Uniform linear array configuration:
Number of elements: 32
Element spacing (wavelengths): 0.75
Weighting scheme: hann
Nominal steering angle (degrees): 60
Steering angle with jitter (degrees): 58.286
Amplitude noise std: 0.05
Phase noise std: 0.05

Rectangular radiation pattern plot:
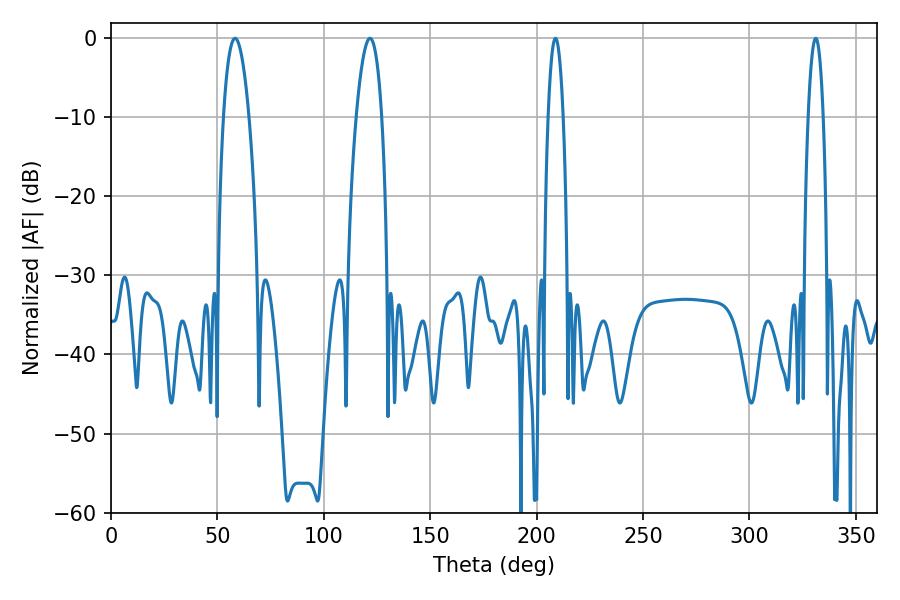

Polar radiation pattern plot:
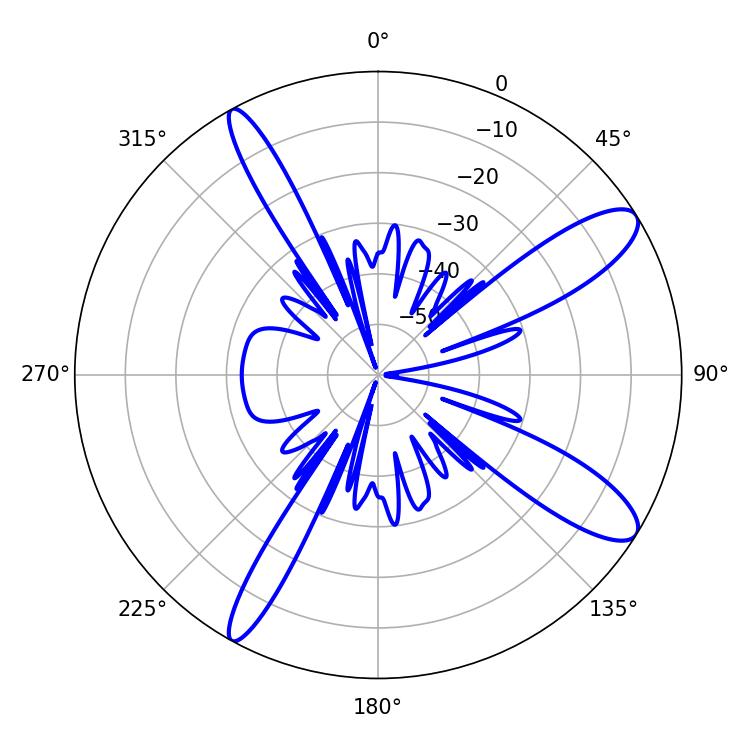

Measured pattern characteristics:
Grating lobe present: TRUE
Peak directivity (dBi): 11.528
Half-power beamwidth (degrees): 6.66
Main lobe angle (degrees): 58.32